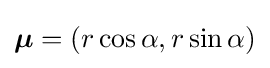
{\boldsymbol {\mu }}=(r\cos \alpha ,r\sin \alpha )